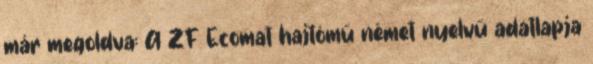
már megoldva: A ZF Ecomat hajtómű német nyelvű adatlapja